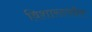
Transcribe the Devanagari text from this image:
विशारदपॉल